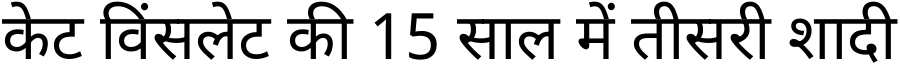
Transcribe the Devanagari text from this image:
केट विंसलेट की 15 साल में तीसरी शादी